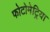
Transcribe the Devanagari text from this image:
फोटोमेट्रिया